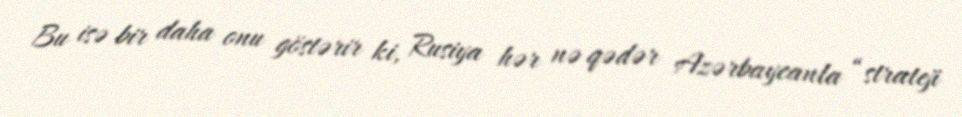
Bu isə bir daha onu göstərir ki, Rusiya hər nə qədər Azərbaycanla “strateji